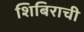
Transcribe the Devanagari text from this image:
शिबिराची